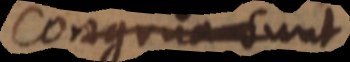
Congrua su